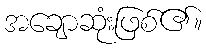
အချောဆုံးဖြစ်၏။